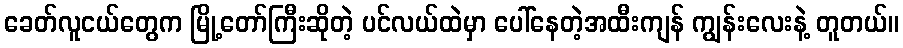
ခေတ်လူငယ်တွေက မြို့တော်ကြီးဆိုတဲ့ ပင်လယ်ထဲမှာ ပေါ်နေတဲ့အထီးကျန် ကျွန်းလေးနဲ့ တူတယ်။